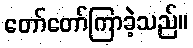
တော်တော်ကြာခဲ့သည်။